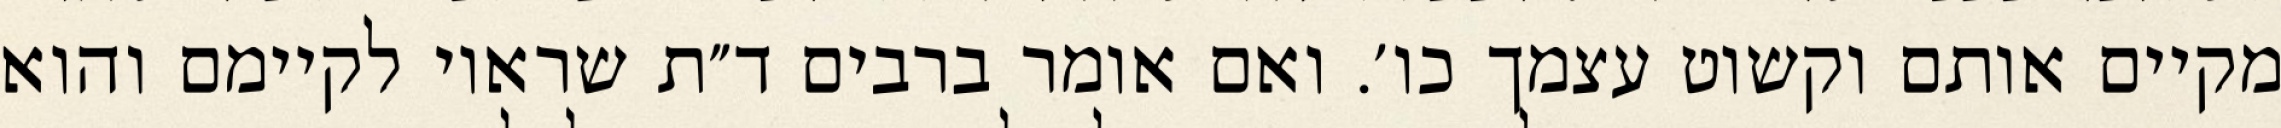
מקיים אותם וקשוט עצמך כו׳. ואם אומר ברבים ד״ת שראוי לקיימם והוא